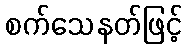
စက်သေနတ်ဖြင့်